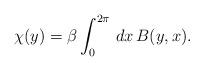
LaTeX: \begin{align*}\chi (y)=\beta\int_0^{2\pi}\,dx\, B(y,x).\end{align*}